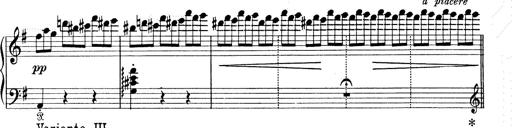
Title: 6 Polish Songs
Composer: Franz Liszt